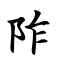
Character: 阼